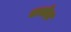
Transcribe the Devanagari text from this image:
वाघोदा